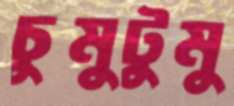
চুমুটুমু